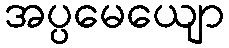
အပ္ပမေယျော